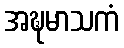
အဍ္ဎမာသကံ